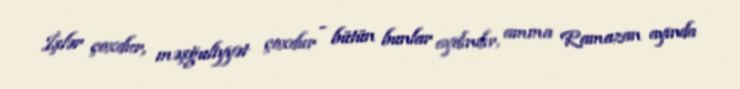
İşlər çoxdur, məşğuliyyət çoxdur - bütün bunlar aydındır, amma Ramazan ayında